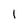
Character: 1